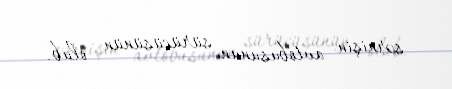
sərnişin avtobusunun sürücüsünün olub.